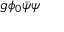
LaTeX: g \phi _ { 0 } { \bar { \psi } } \psi